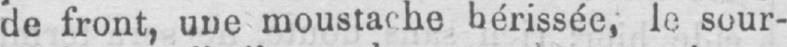
le sour-